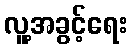
လူ့အခွင့်ရေး